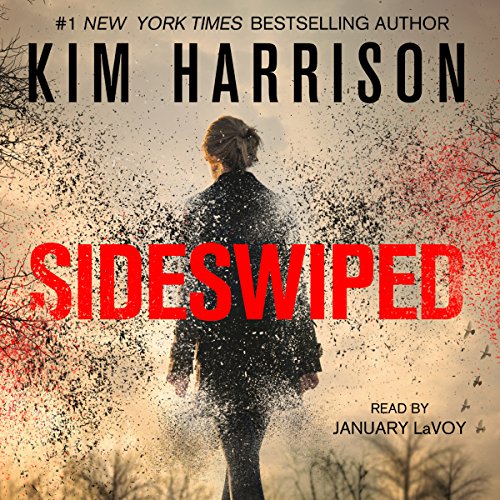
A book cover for Sideswiped: The Peri Reed Chronicles, Book 1; Kim Harrison; Romance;